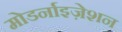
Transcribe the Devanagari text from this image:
मोडर्नाइज़ेशन